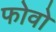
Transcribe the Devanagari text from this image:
फोवो